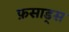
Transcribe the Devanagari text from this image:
फ़साड्स